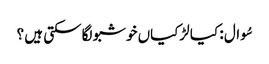
سُوال : کیا لڑکیاں خوشبو لگا سکتی ہیں ؟